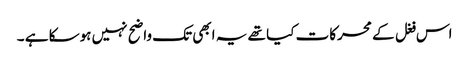
اس فغل کے محرکات کیا تھے یہ ابھی تک واضح نہیں ہوسکا ہے ۔